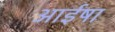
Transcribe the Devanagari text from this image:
आईषा